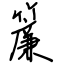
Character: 簾